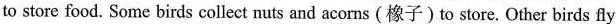
to store food. Some birds collect nuts and acorns (橡子)to store. Other birds fly